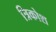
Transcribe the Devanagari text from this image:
त्रिकोश